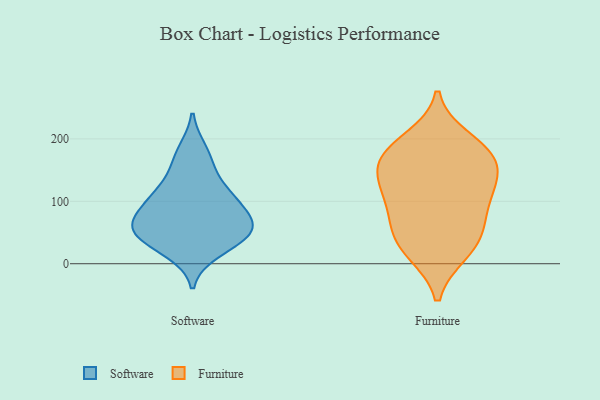
{"axis": {"x": "Budget (USD K)", "y": "Value"}, "legend": ["Furniture", "Software"], "data": [{"x": "", "y": 114, "type": "Software"}, {"x": "", "y": 60, "type": "Software"}, {"x": "", "y": 66, "type": "Software"}, {"x": "", "y": 158, "type": "Software"}, {"x": "", "y": 20, "type": "Software"}, {"x": "", "y": 89, "type": "Software"}, {"x": "", "y": 34, "type": "Software"}, {"x": "", "y": 116, "type": "Software"}, {"x": "", "y": 181, "type": "Software"}, {"x": "", "y": 52, "type": "Software"}, {"x": "", "y": 55, "type": "Software"}, {"x": "", "y": 97, "type": "Software"}, {"x": "", "y": 50, "type": "Software"}, {"x": "", "y": 113, "type": "Furniture"}, {"x": "", "y": 170, "type": "Furniture"}, {"x": "", "y": 100, "type": "Furniture"}, {"x": "", "y": 108, "type": "Furniture"}, {"x": "", "y": 46, "type": "Furniture"}, {"x": "", "y": 57, "type": "Furniture"}, {"x": "", "y": 200, "type": "Furniture"}, {"x": "", "y": 130, "type": "Furniture"}, {"x": "", "y": 17, "type": "Furniture"}, {"x": "", "y": 59, "type": "Furniture"}, {"x": "", "y": 171, "type": "Furniture"}, {"x": "", "y": 17, "type": "Furniture"}, {"x": "", "y": 188, "type": "Furniture"}, {"x": "", "y": 152, "type": "Furniture"}, {"x": "", "y": 159, "type": "Furniture"}]}